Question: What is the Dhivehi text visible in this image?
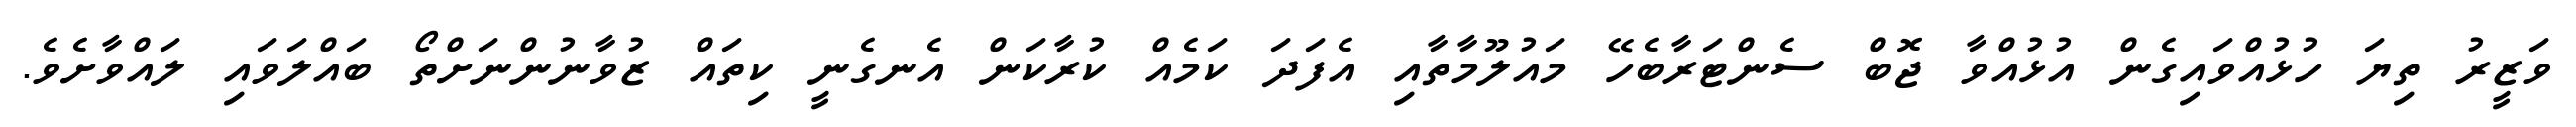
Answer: ވަޒީރު ތިޔަ ހުޅުއްވައިގެން އުޅުއްވާ ޖޮބް ސެންޓަރާބެހޭ މައުލޫމާތާއި އެފަދަ ކަމެއް ކުރާކަން އެނގެނީ ކިތައް ޒުވާނުންނަށްތޯ ބައްލަވައި ލައްވާށެވެ.